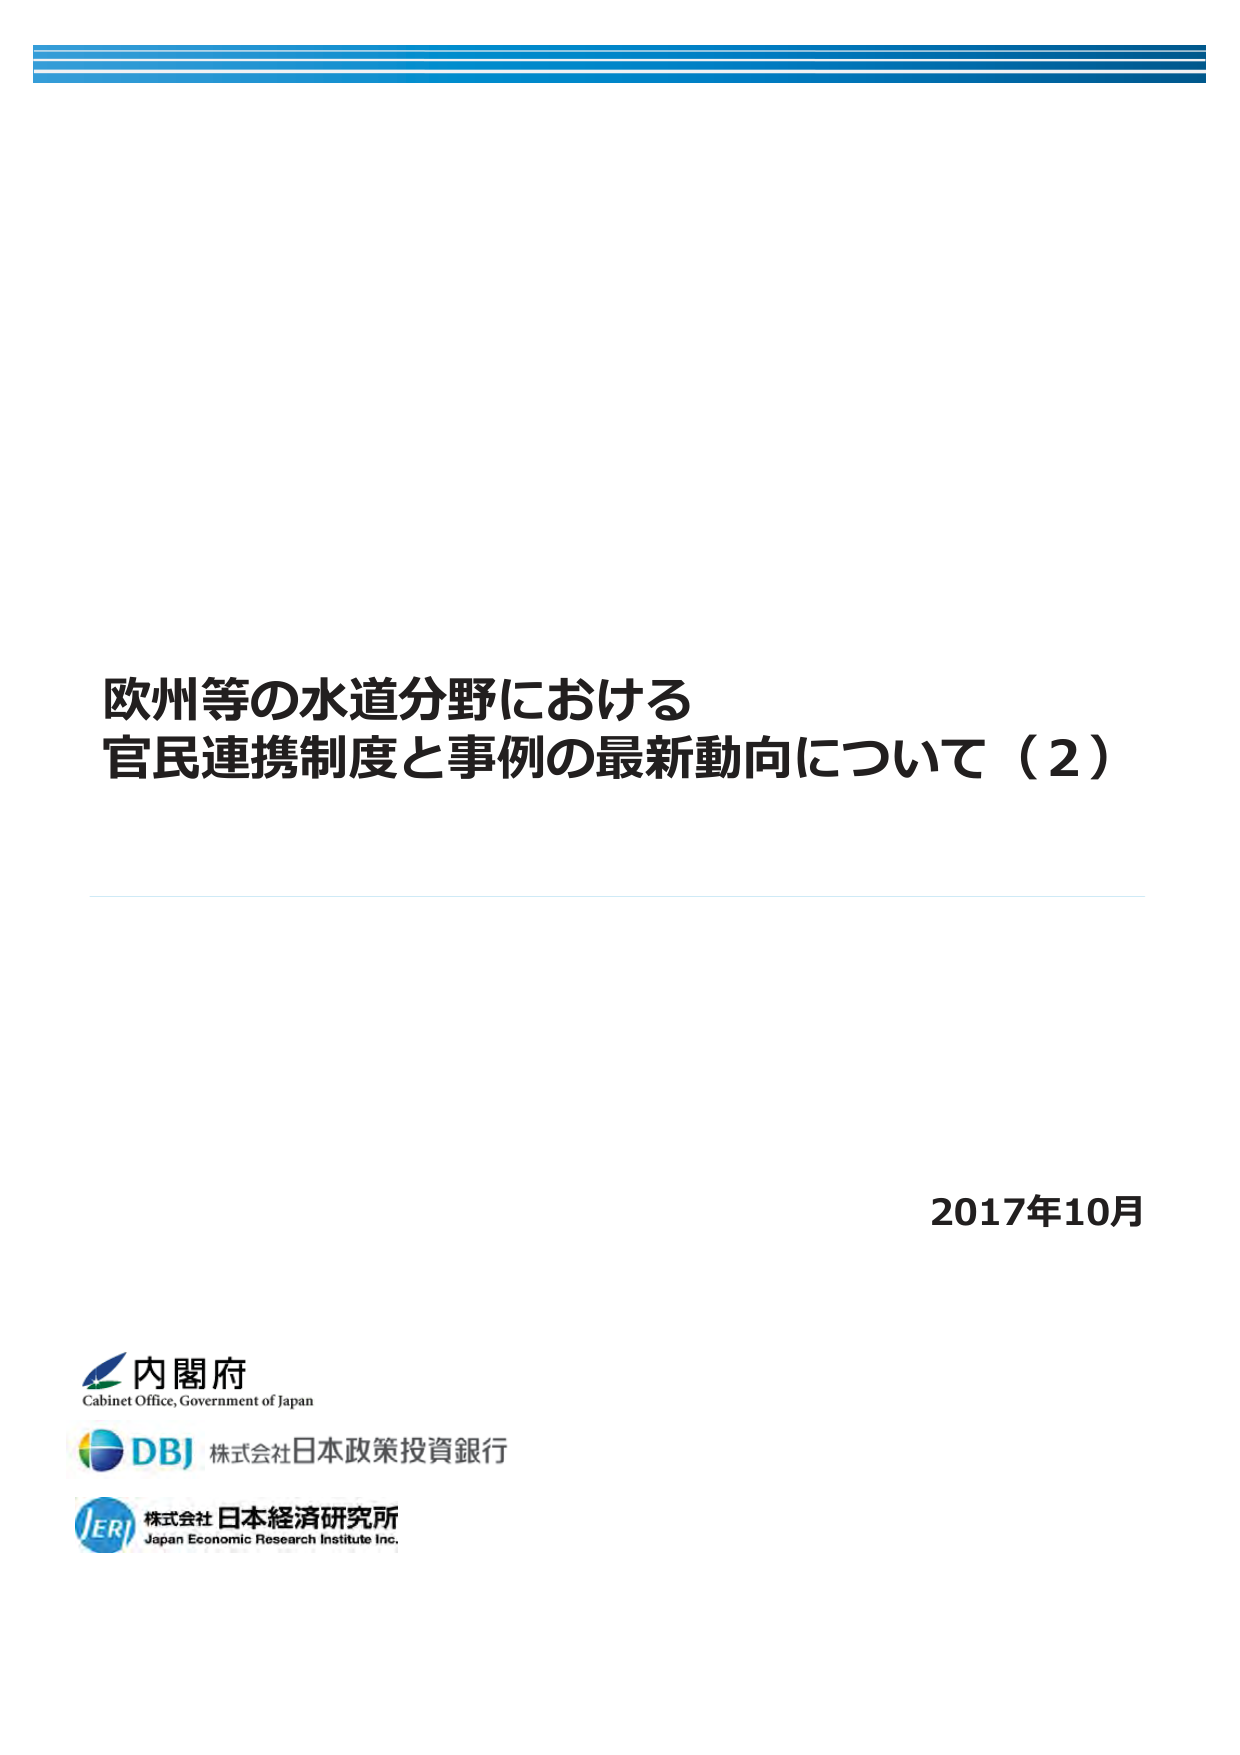
欧州等の水道分野における
官民連携制度と事例の最新動向について（2）

2017年10月

内閣府
Cabinet Office, Government of Japan

DBJ 株式会社日本政策投資銀行

JERI 株式会社日本経済研究所
Japan Economic Research Institute Inc.